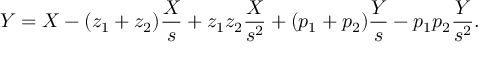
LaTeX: Y = X - ( z _ { 1 } + z _ { 2 } ) { \frac { X } { s } } + z _ { 1 } z _ { 2 } { \frac { X } { s ^ { 2 } } } + ( p _ { 1 } + p _ { 2 } ) { \frac { Y } { s } } - p _ { 1 } p _ { 2 } { \frac { Y } { s ^ { 2 } } } .